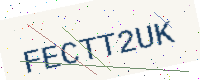
Text: FECTT2UK